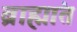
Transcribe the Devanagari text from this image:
ब्राह्मांत